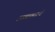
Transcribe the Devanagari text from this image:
अव्यक्ताचे